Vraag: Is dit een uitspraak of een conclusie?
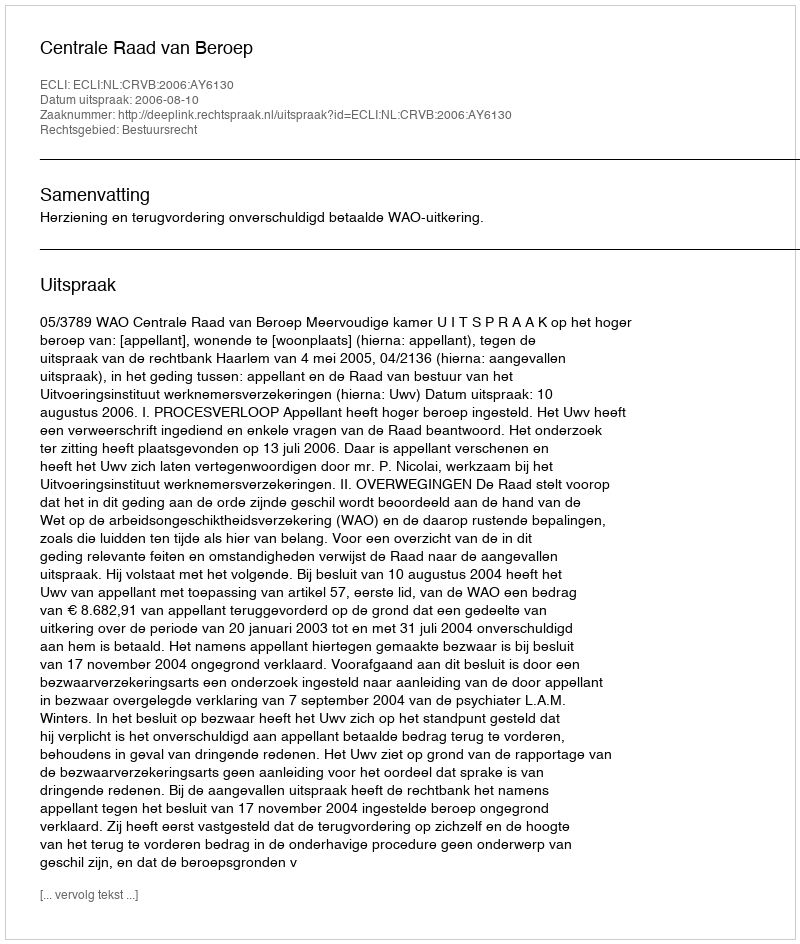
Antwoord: Uitspraak